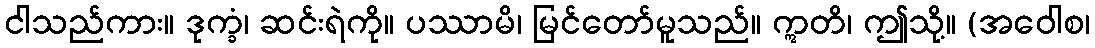
ငါသည်ကား။ ဒုက္ခံ၊ ဆင်းရဲကို။ ပဿာမိ၊ မြင်တော်မူသည်။ ဣတိ၊ ဤသို့။ (အဝေါစ၊